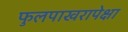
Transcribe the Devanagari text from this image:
फुलपाखरापेक्षा